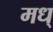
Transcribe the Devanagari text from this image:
मध्